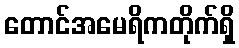
တောင်အမေရိကတိုက်ရှိ